Indian journal of veterinary science and animal husbandry - Volumes 24-25, 1954-1955
Year: 1954
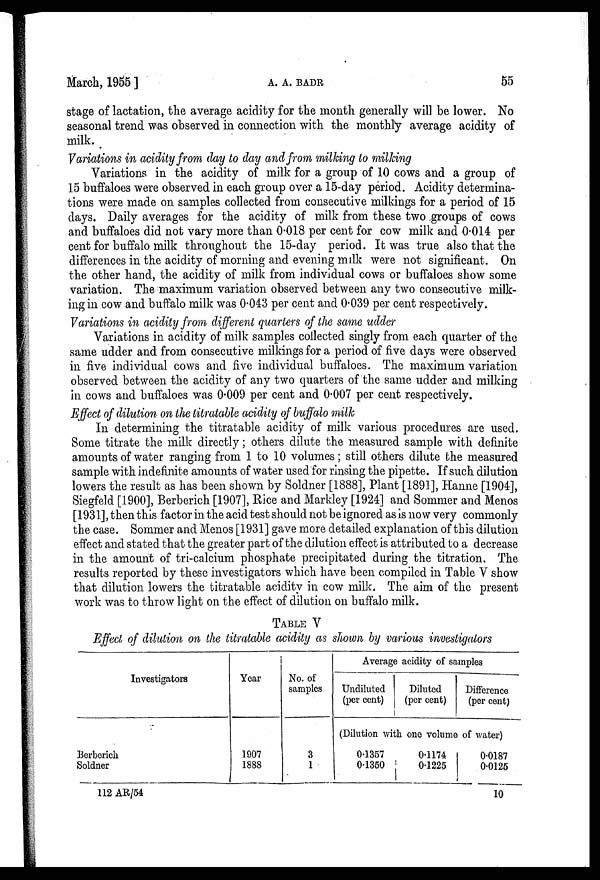
March, 1955]
A.
A.
BADR
55
stage of lactation, the average acidity for the month generally will be lower. No
seasonal trend was observed in connection with the monthly average acidity of
milk.
Variations in acidity from day to day and from milking to milking
Variations in the acidity of milk for a group of 10 cows and a group of
15 buffaloes were observed in each group over a 15-day period. Acidity determina-
tions were made on samples collected from consecutive milkings for a period of 15
days. Daily averages for the acidity of milk from these two groups of cows
and buffaloes did not vary more than 0.018 per cent for cow milk and 0.014 per
cent for buffalo milk throughout the 15-day period. It was true also that the
differences in the acidity of morning and evening milk were not significant. On
the other hand, the acidity of milk from individual cows or buffaloes show some
variation. The maximum variation observed between any two consecutive milk-
ing in cow and buffalo milk was 0.043 per cent and 0.039 per cent respectively.
Variations in acidity from different quarters of the same udder
Variations in acidity of milk samples collected singly from each quarter of the
same udder and from consecutive milkings for a period of five days were observed
in five individual cows and five individual buffaloes. The maximum variation
observed between the acidity of any two quarters of the same udder and milking
in cows and buffaloes was 0.009 per cent and 0.007 per cent respectively.
Effect of dilution on the titratable acidity of buffalo milk
In determining the titratable acidity of milk various procedures are used.
Some titrate the milk directly ; others dilute the measured sample with definite
amounts of water ranging from 1 to 10 volumes ; still others dilute the measured
sample with indefinite amounts of water used for rinsing the pipette. If such dilution
lowers the result as has been shown by Soldner [1888], Plant [1891], Hanne [1904],
Siegfeld [1900], Berberich [1907], Rice and Markley [1924] and Sommer and Menos
[1931], then this factor in the acid test should not be ignored as is now very commonly
the case. Sommer and Menos [1931] gave more detailed explanation of this dilution
effect and stated that the greater part of the dilution effect is attributed to a decrease
in the amount of tri-calcium phosphate precipitated during the titration. The
results reported by these investigators which have been compiled in Table V show
that dilution lowers the titratable acidity in cow milk. The aim of the present
work was to throw light on the effect of dilution on buffalo milk.
TABLE V
Effect of dilution on the titratable acidity as shown by various investigators
Investigators
Berberich
Soldner
Year
1907
1888
No. of
samples
3
1
Average acidity of samples
Undiluted
(per cent)
Diluted
(per cent)
Difference
(per cent)
(Dilution with one volume of water)
0.1357
0.1350
0.1174
0.1225
0.0187
0.0125
112 AR/54
10